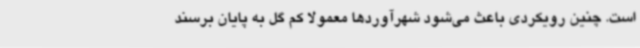
است. چنین رویکردی باعث می‌شود شهرآوردها معمولاً کم گل به پایان برسند